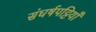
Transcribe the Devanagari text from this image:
संघर्षपट्टियाँ